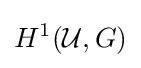
H^{1}({\mathcal {U}},G)